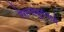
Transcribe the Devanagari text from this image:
रेगन्सबुर्गमध्ये